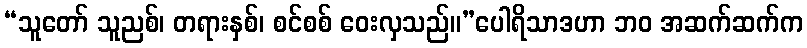
“သူတော် သူညစ်၊ တရားနှစ်၊ စင်စစ် ဝေးလှသည်။”ပေါရိသာဒဟာ ဘဝ အဆက်ဆက်က